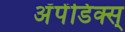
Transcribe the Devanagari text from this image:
अॅपेंडिक्स्